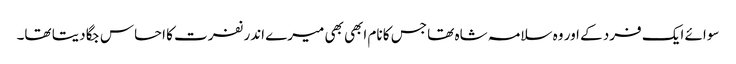
سوائے ایک فرد کے اور وہ سلامہ شاہ تھا جس کا نام ابھی بھی میرے اندر نفرت کا احساس جگا دیتا تھا۔